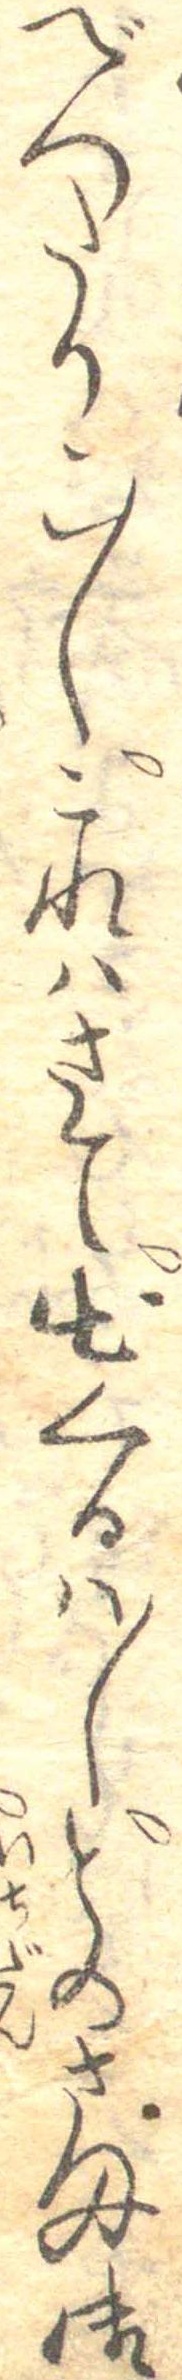
べつたりこ〱これはさて出くるは〱とのさま御